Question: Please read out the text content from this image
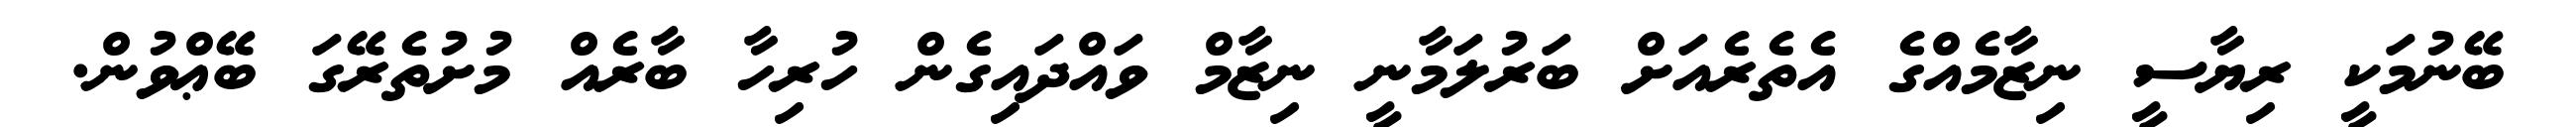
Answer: ބޭނުމަކީ ރިޔާސީ ނިޒާމެއްގެ އެތެރެއަށް ބަރުލަމާނީ ނިޒާމް ވައްދައިގެން ހުރިހާ ބާރެއް މުށުތެރޭގަ ބޭޢްވުން.